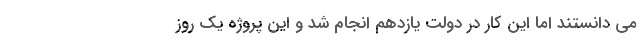
می دانستند اما این کار در دولت یازدهم انجام شد و این پروژه یک روز